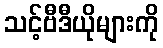
သင့်ဗီဒီယိုများကို